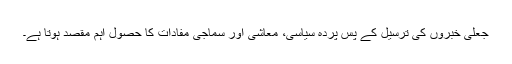
جعلی خبروں کی ترسیل کے پس پردہ سیاسی، معاشی اور سماجی مفادات کا حصول اہم مقصد ہوتا ہے۔